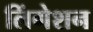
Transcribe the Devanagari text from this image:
लिंगेशन